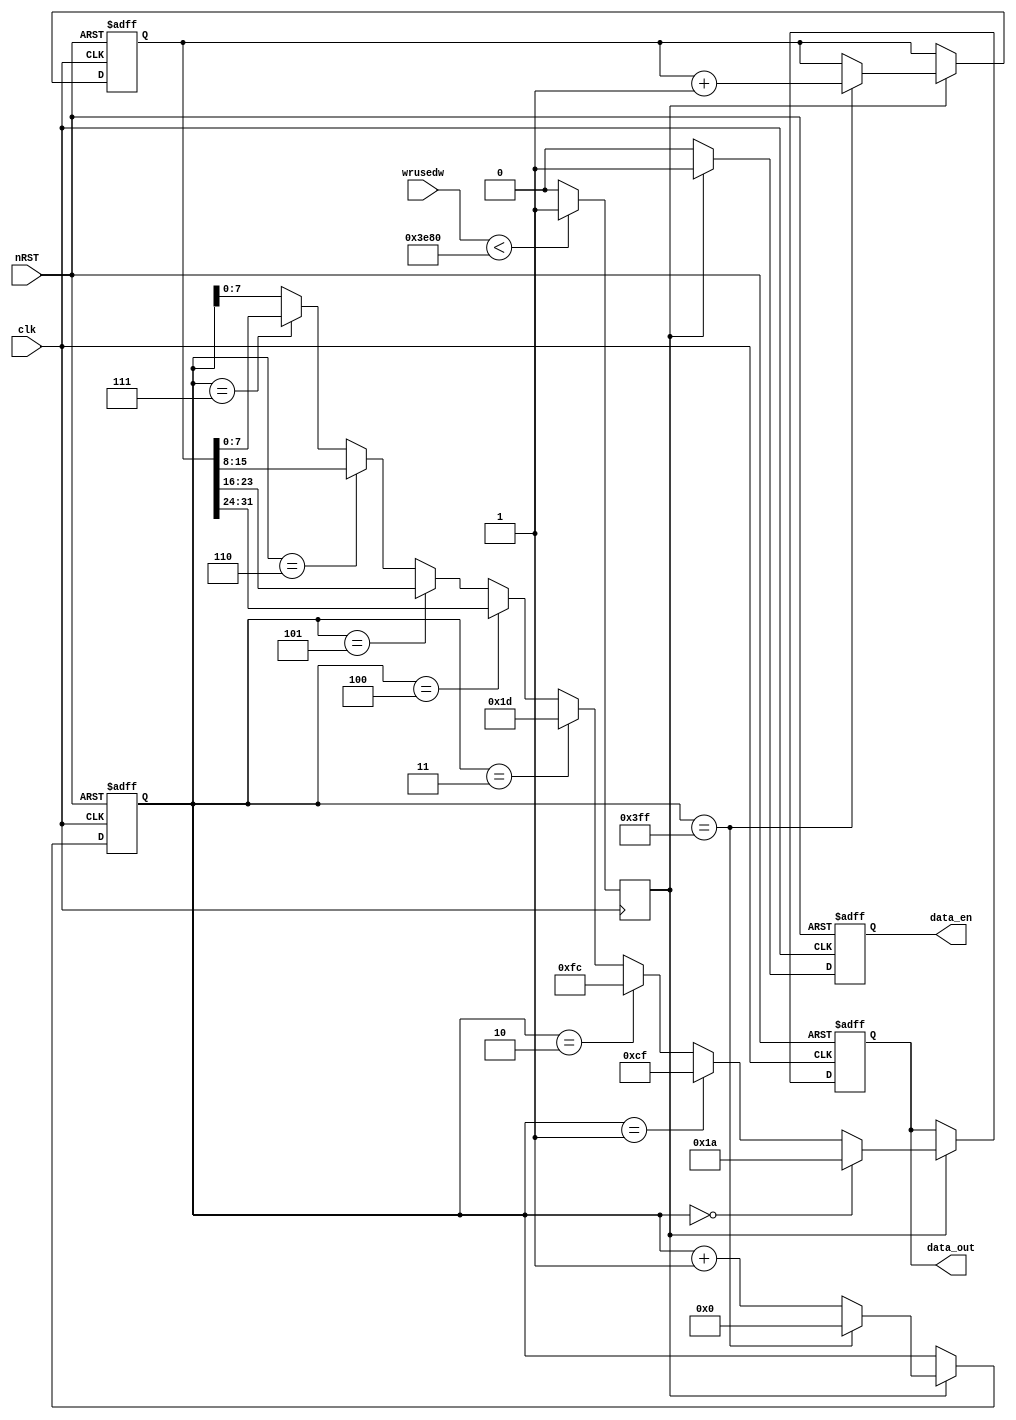
module data_source(
	input clk,
	input nRST,
	input [14:0] wrusedw,
	output reg [7:0] data_out,
	output reg data_en
	);

reg [15:0] data_reg;
reg [31:0] count;
reg fifo_ready;

always @(posedge clk)
begin
	if(wrusedw<15'd16000)
		fifo_ready <= 1'b1;
	else
		fifo_ready <= 1'b0;
end

always @(posedge clk or negedge nRST)
begin
	if(!nRST)
		begin
			data_reg <= 8'd0;
			count <= 32'd0;
		end
	else if(fifo_ready)
		begin
			if(data_reg == 16'd1023)
				data_reg <= 16'd0;
			else	
				data_reg <= data_reg + 1'b1;
			if(data_reg == 16'd1023)
				count <= count + 1'b1;
		end
end

always @(posedge clk or negedge nRST)
begin
	if(!nRST)
		begin
			data_out <= 8'd0;
			data_en  <= 1'b0;
		end
	else if(fifo_ready)
		begin
			if(data_reg == 16'd0)
				data_out <= 8'h1a;
			else if(data_reg == 16'd1)
				data_out <= 8'hcf;	
			else if(data_reg == 16'd2)
				data_out <= 8'hfc;
			else if(data_reg == 16'd3)
				data_out <= 8'h1d;
			else if(data_reg == 16'd4)
				data_out <= count[31:24];
			else if(data_reg == 16'd5)
				data_out <= count[23:16];	
			else if(data_reg == 16'd6)
				data_out <= count[15:8];
			else if(data_reg == 16'd7)
				data_out <= count[7:0];
			else
				data_out <= data_reg[7:0];	
			data_en  <= 1'b1;
		end
	else
			data_en  <= 1'b0;
end

endmodule